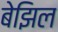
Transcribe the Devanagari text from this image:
बेझिल